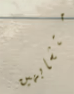
متشابهين